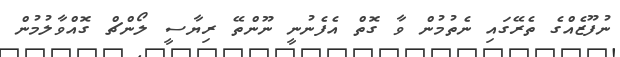
ނުފޫޒެއްގެ ތެރޭގައި ނެތުމުން ވާ ގޮތް އެފެނުނީ ނޫންތޭ ރިޔާސީ ލޯންޗް ގޮއްވާލުމުން